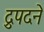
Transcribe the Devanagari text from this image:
द्रुपदने